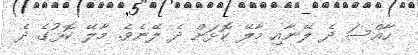
ހާއްސަ ދެ ލޭނާއި މާލޭ ކޮޅަށް ދެ ލޭނެވެ. މާލޭ ކޮޅުގެ ދެ